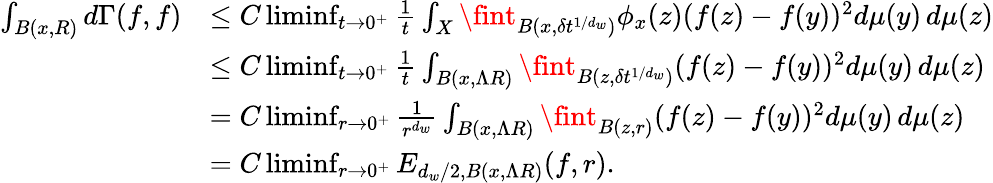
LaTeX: \begin{array}{rl}{\int_{B(x,R)}d\Gamma(f,f)}&{\leq C\operatorname*{liminf}_{t\to 0^{+}}\frac{1}{t}\int_{X}\fint_{B(x,\delta t^{1/d_{w}})}\phi_{x}(z)(f(z)-f(y))^{2}d\mu(y)\, d\mu(z)}\\ &{\le C\operatorname*{liminf}_{t\to 0^{+}}\frac{1}{t}\int_{B(x,\Lambda R)}\fint_{B(z,\delta t^{1/d_{w}})}(f(z)-f(y))^{2}d\mu(y)\, d\mu(z)}\\ &{=C\operatorname*{liminf}_{r\to 0^{+}}\frac{1}{r^{d_{w}}}\int_{B(x,\Lambda R)}\fint_{B(z,r)}(f(z)-f(y))^{2}d\mu(y)\, d\mu(z)}\\ &{=C\operatorname*{liminf}_{r\to 0^{+}}E_{d_{w}/2,B(x,\Lambda R)}(f,r).}\end{array}